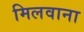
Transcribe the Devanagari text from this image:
मिलवाना